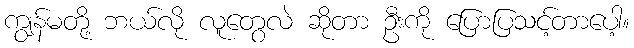
ကျွန်မတို့ ဘယ်လို လူတွေလဲ ဆိုတာ ဦးကို ပြောပြသင့်တာပေါ့။